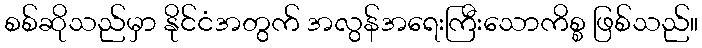
စစ်ဆိုသည်မှာ နိုင်ငံအတွက် အလွန်အရေးကြီးသောကိစ္စ ဖြစ်သည်။